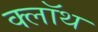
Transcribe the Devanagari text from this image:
क्‍लॉथ